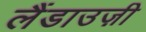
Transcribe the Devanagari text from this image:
लैंडाउज़ी